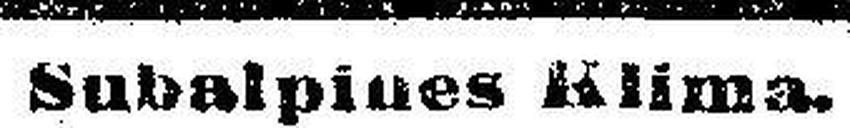
Subalpines Klima.